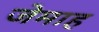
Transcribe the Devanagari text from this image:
जेमाह